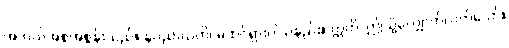
အဘယ်အစအစွန်းသည်။ နပညာယတိ၊ မထင်ရှားပါသနည်း။ ဣတိ၊ ဤသို့လျှောက်လတ်သော်။